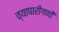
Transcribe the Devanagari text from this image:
व्यापारीगणों